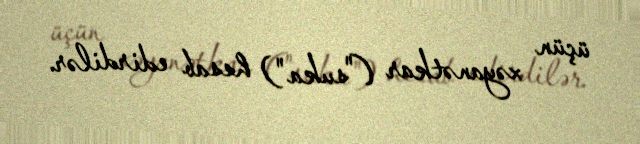
üçün xəyanətkar ("suka") hesab edirdilər.